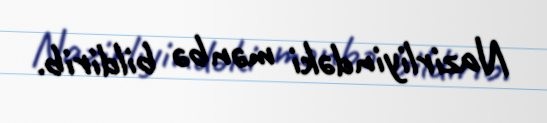
Nazirliyindəki mənbə bildirib.